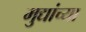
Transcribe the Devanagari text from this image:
मुद्यांच्या